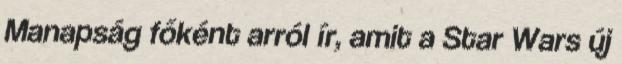
Manapság főként arról ír, amit a Star Wars új